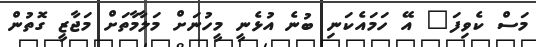
މަސް ކެވިފަ" އޭ ހަމައެކަނި ބުނެ އުޅެނީ މީހުނަށް މަލާމާތަށް މަޖާޒީ ގޮތުން